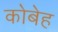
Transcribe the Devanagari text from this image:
कोबेह